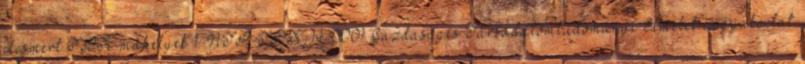
elismert TDK-műhelyek 1. NTP-TDK-14-0001 Gazdaságés Társadalomtudományi Elmélet és gyakorlat